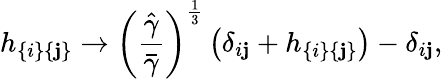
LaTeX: h_{\{ i\} \{ \mathbf{j}\} }\to\left(\frac{{\hat{{\gamma}}}}{{\bar{{\gamma}}}}\right)^{\frac{{1}}{{3}}}\left(\delta_{i\mathbf{j}}+h_{\{ i\} \{ \mathbf{j}\} }\right)-\delta_{i\mathbf{j}},